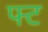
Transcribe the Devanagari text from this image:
फ्ट